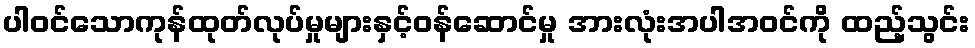
ပါဝင်သောကုန်ထုတ်လုပ်မှုများနှင့်ဝန်ဆောင်မှု အားလုံးအပါအဝင်ကို ထည့်သွင်း